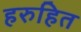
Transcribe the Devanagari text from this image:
हरुहित